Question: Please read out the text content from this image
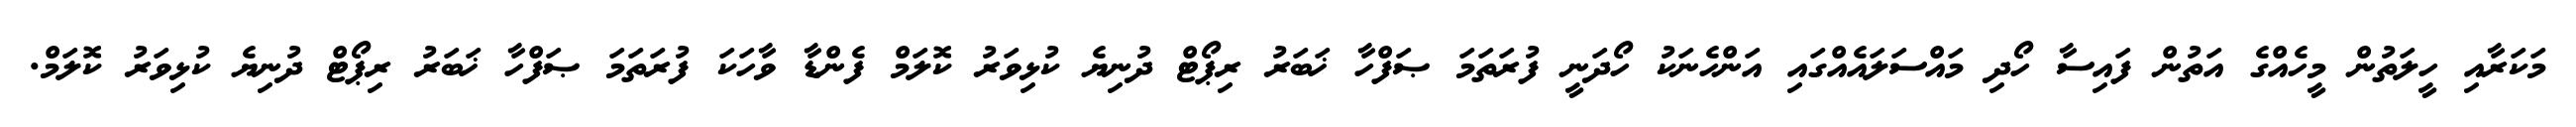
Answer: މަކަރާއި ހީލަތުން މީހެއްގެ އަތުން ފައިސާ ހޯދި މައްސަލައެއްގައި އަންހެނަކު ހޯދަނީ ފުރަތަމަ ޞަފްހާ ޚަބަރު ރިޕޯޓް ދުނިޔެ ކުޅިވަރު ކޮލަމް ފެންޑާ ވާހަކަ ފުރަތަމަ ޞަފްހާ ޚަބަރު ރިޕޯޓް ދުނިޔެ ކުޅިވަރު ކޮލަމް.